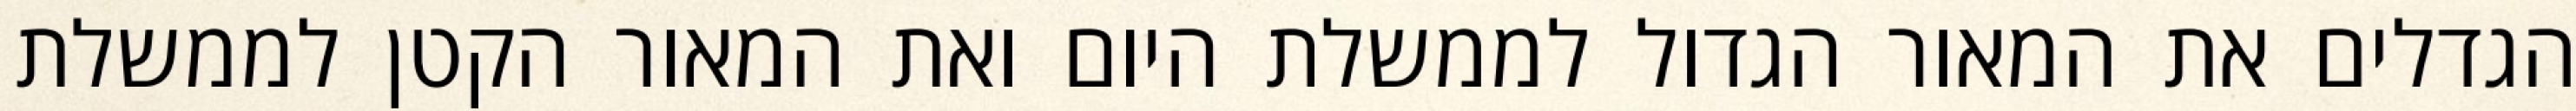
הגדלים את המאור הגדול לממשלת היום ואת המאור הקטן לממשלת